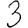
Digit: 3